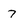
Character: 7